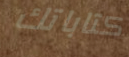
كتاباتك